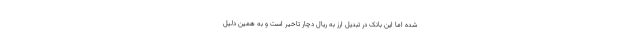
شده اما این بانک در تبدیل ارز به ریال دچار تاخیر است و به همین دلیل